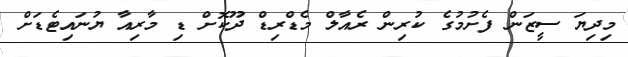
މިދިޔަ ސީޒަން ފެށުމުގެ ކުރިން ރެއާލް މެޑްރިޑް ދޫކޮށް ޑި މާރިއާ ޔުނައިޓެޑަށް